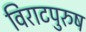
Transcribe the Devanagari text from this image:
विराटपुरुष